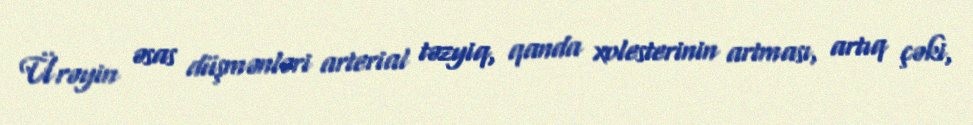
Ürəyin əsas düşmənləri arterial təzyiq, qanda xolesterinin artması, artıq çəki,